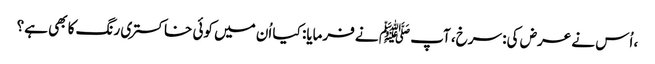
، اُس نے عرض کی: سرخ، آپ ﷺ نے فرمایا: کیا اُن میں کوئی خاکستری رنگ کا بھی ہے؟